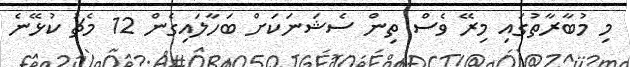
މި މުބާރާތުގައި މިރޭ ވެސް ތިން ސެޝަނަކަށް ބަހާލައިގެން 12 މެޗު ކުޅޭނެ